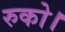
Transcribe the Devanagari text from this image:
रुको।